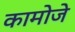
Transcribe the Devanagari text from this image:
कामोजे